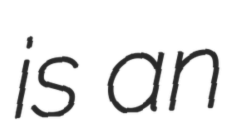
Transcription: is an